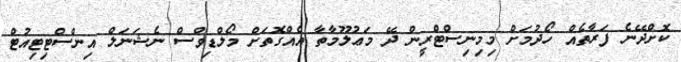
ކޮށްދޭނެ ފަރާތެއް ހޯދުމަށް މިމިނިސްޓްރީން ދޭ މަޢުލޫމާތާ އެއްގޮތަށް މޯލްޑިވްސް ނެޝަނަލް އިންސްޓިޓިއުޓް